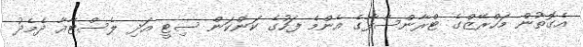
އެގޮތުން މަހްރޭޒްގެ ޓްރާންސްފާގެ އެންމެ ފަހުގެ ކަންކަން ސިޓީ އަދި ލެސްޓާއާ ދެމެދު